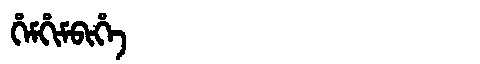
Manchu: ᡥᡝᠮᡥᡳᠮᠪᡳᡥᡝ
Romanization: HEMHIMBIHE